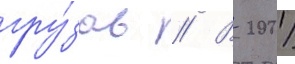
гру́зов // В 2001